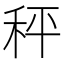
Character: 秤